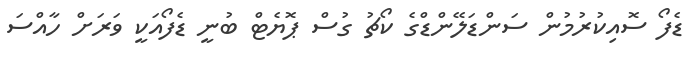
ޑެފޯ ސޮއިކުރުމުން ސަންޑަލޭންޑްގެ ކޯޗު ގުސް ޕޮޔެޓް ބުނީ ޑެފޯއަކީ ވަރަށް ހާއްސަ